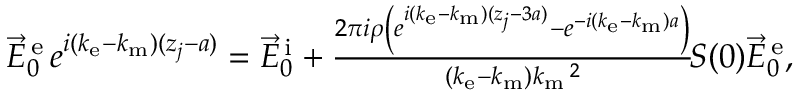
\begin{array} { r } { \vec { E } _ { 0 } ^ { \mathrm { \, e } } \, e ^ { i ( k _ { \mathrm { e } } - k _ { \mathrm { m } } ) ( z _ { j } - a ) } = \vec { E } _ { 0 } ^ { \mathrm { \, i } } + \frac { 2 \pi i \rho \left( e ^ { i ( k _ { \mathrm { e } } - k _ { \mathrm { m } } ) ( z _ { j } - 3 a ) } - e ^ { - i ( k _ { \mathrm { e } } - k _ { \mathrm { m } } ) a } \right) } { ( k _ { \mathrm { e } } - k _ { \mathrm { m } } ) k _ { \mathrm { m } } \, \! \! \, \! \, \, \! \, \, \! \! \, \! \, \, \! \! \, \! \! \, \! \, \, \! \! \, \! \! \, \! \, \, \! \, \, \! \! \, \! \, \, \! \! \, \! \! \, \! \, \, \! \, \, \! \! \, \! \, \, \! \, \, \! \! \, \! \, \, \! \! \, \! \! \, \! \, \, \! \, \, \! \! \, \! \, \, \! \, \, \! \! ^ { 2 } } \, \! \! \, \! \, \, \! \, \, \! \! \, \! \, \, \! \! \, \! \! \, \! \, \, \! \! \, \! \! \, \! \, \, \! \, \, \! \! \, \! \, \, \! \! \, \! \! \, \! \, \, \! \, \, \! \! \, \! \, \, \! \! S ( 0 ) \vec { E } _ { 0 } ^ { \mathrm { \, e } } , } \end{array}